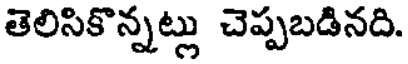
తెలిసికొన్నట్లు చెప్పబడినది.